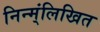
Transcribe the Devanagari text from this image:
निन्म्ंलिखित